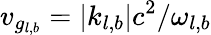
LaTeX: v_{g_{l,b}}=\vert k_{l,b}\vert c^{2}/\omega_{l,b}